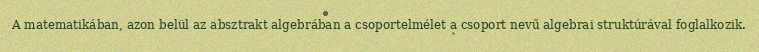
A matematikában, azon belül az absztrakt algebrában a csoportelmélet a csoport nevű algebrai struktúrával foglalkozik.